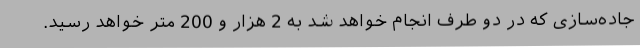
جاده‌سازی که در دو طرف انجام خواهد شد به 2 هزار و 200 متر خواهد رسید.